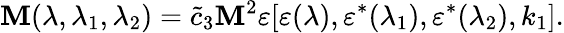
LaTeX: {\cal\mathbf{M}}(\lambda,\lambda_{1},\lambda_{2})=\tilde{{c}}_{3}\mathbf{M}^{2}\varepsilon[\varepsilon(\lambda),\varepsilon^{*}(\lambda_{1}),\varepsilon^{*}(\lambda_{2}),k_{1}].